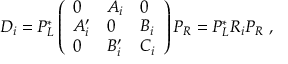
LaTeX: D _ { i } = P _ { L } ^ { * } \left( \begin{array} { l l l } { { 0 } } & { { A _ { i } } } & { { 0 } } \\ { { A _ { i } ^ { \prime } } } & { { 0 } } & { { B _ { i } } } \\ { { 0 } } & { { B _ { i } ^ { \prime } } } & { { C _ { i } } } \end{array} \right) P _ { R } = P _ { L } ^ { * } R _ { i } P _ { R } \ ,